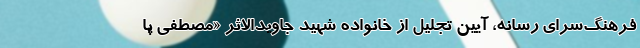
فرهنگ‌سرای رسانه، آیین تجلیل از خانواده شهید جاویدالاثر «مصطفی پا